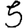
Digit: 5